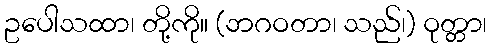
ဥပေါသထာ၊ တို့ကို။ (ဘဂဝတာ၊ သည်၊) ဝုတ္တာ၊